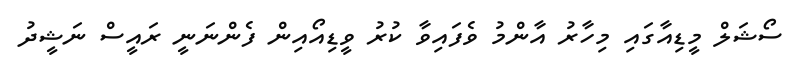
ސޯޝަލް މީޑިއާގައި މިހާރު އާންމު ވެފައިވާ ކުރު ވީޑިއޯއިން ފެންނަނީ ރައީސް ނަޝީދު